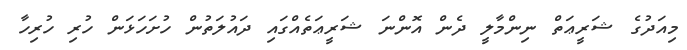
މިއަދުގެ ޝަރީޢަތް ނިންމާލީ ދެން އޮންނަ ޝަރީޢަތެއްގައި ދައުލަތުން ހުށަހަޅަން ހުރި ހުރިހާ